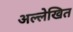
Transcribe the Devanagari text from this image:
अल्लेखित